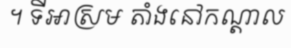
។ ទីអាស្រម តាំងនៅកណ្តាល